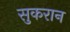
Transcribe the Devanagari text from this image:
सुकरान